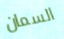
السمان